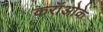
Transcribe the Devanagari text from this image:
करॉओके